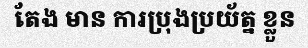
តែង មាន ការប្រុងប្រយ័ត្ន ខ្លួន